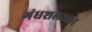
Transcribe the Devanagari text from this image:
गंधशलाका